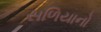
સળિયાનો